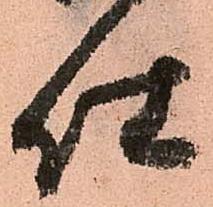
仕